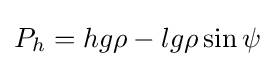
P_{h}=hg\rho -lg\rho \sin \psi